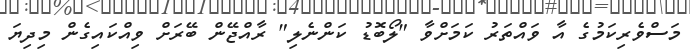
މަސްވެރިކަމުގެ އާ ވައްތަރު ކަމަށްވާ "ލޯބޮޑު ކަންނެލި" ރާއްޖޭން ބޭރަށް ވިއްކައިގެން މިދިޔަ